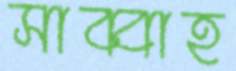
সাব্বাহ